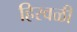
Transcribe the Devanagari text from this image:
हिरवळी